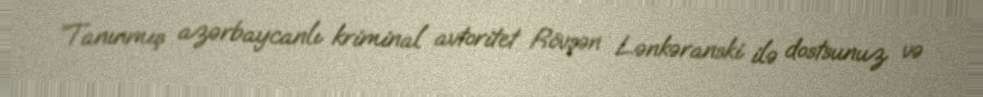
“Tanınmış azərbaycanlı kriminal avtoritet Rövşən Lənkəranski ilə dostsunuz və